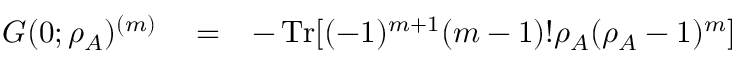
\begin{array} { r l r } { G ( 0 ; \rho _ { A } ) ^ { ( m ) } } & { { } = } & { - \operatorname { T r } [ ( - 1 ) ^ { m + 1 } ( m - 1 ) ! \rho _ { A } ( \rho _ { A } - 1 ) ^ { m } ] } \end{array}